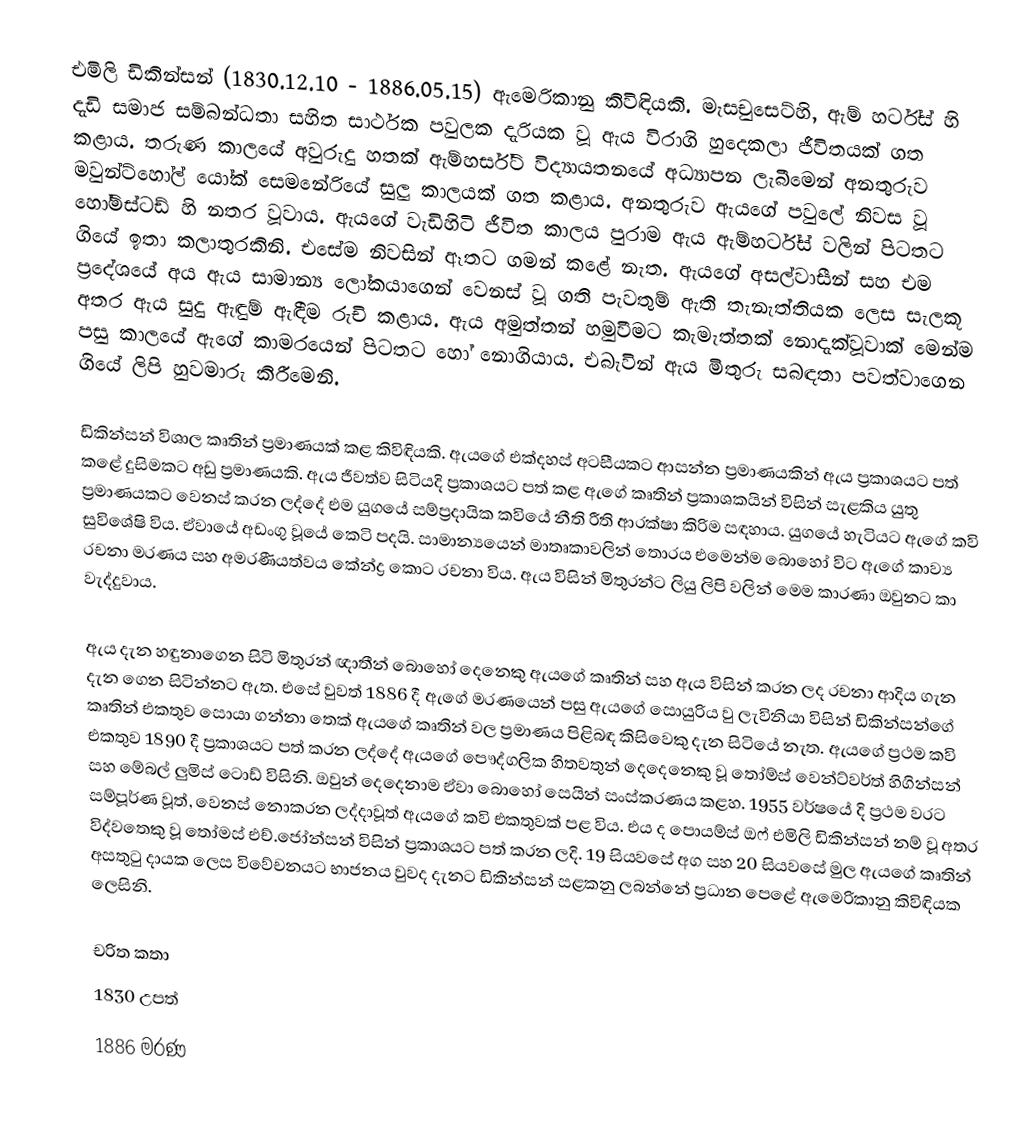
එමිලි ඩිකින්සන් (1830.12.10 - 1886.05.15) ඇමෙරිකානු කිවිඳියකි. මැසචුසෙට්හි, ඇම් හර්ට්ස් හි දැඩි සමාජ සම්බන්ධතා සහිත සාර්ථක පවුලක දැරියක වූ ඇය විරාගි හුදෙකලා ජීවිතයක් ගත කළාය. තරුණ කාලයේ අවුරුදු හතක් ඇම්හර්ස්ට් විද්‍යායතනයේ අධ්‍යාපන ලැබීමෙන් අනතුරුව මවුන්ට්හෝල් යෝක් සෙමනේරියේ සුලු කාලයක් ගත කළාය. අනතුරුව ඇයගේ පවුලේ නිවස වූ හෝම්ස්ටඩ් හි නතර වූවාය. ඇයගේ වැඩිහිටි ජීවිත කාලය පුරාම ඇය ඇම්හර්ට්ස් වලින් පිටතට ගියේ ඉතා කලාතුරකිනි. එසේම නිවසින් ඈතට ගමන් කළේ නැත. ඇයගේ අසල්වාසීන් සහ එම ප්‍රදේශයේ අය ඇය සාමාන්‍ය ලෝකයාගෙන් වෙනස් වූ ගති පැවතුම් ඇති තැනැත්තියක ලෙස සැලකූ අතර ඇය සුදු ඇඳුම් ඇඳීම රුචි කළාය. ඇය අමුත්තන් හමුවීමට කැමැත්තක් නොදැක්වූවාක් මෙන්ම පසු කාලයේ ඇගේ කාමරයෙන් පිටතට හෝ නොගියාය. එබැවින් ඇය මිතුරු සබඳතා පවත්වාගෙන ගියේ ලිපි හුවමාරු කිරීමෙනි.

ඩිකින්සන් විශාල කෘතින් ප්‍රමාණයක් කළ කිවිඳියකි. ඇයගේ එක්දහස් අටසීයකට ආසන්න ප්‍රමාණයකින් ඇය ප්‍රකාශයට පත් කළේ දුසිමකට අඩු ප්‍රමාණයකි. ඇය ජීවත්ව සිටියදි ප්‍රකාශයට පත් කළ ඇගේ කෘතින් ප්‍රකාශකයින් විසින් සැළකිය යුතු ප්‍රමාණයකට වෙනස් කරන ලද්දේ එම යුගයේ සම්ප්‍රදායික කවියේ නීති රීති ආරක්ෂා කිරිම සඳහාය. යුගයේ හැටියට ඇගේ කවි සුවිශේෂි විය. ඒවායේ අඩංගු වූයේ කෙටි පදයි. සාමාන්‍යයෙන් මාතෘකාවලින් තොරය එමෙන්ම බොහෝ විට ඇගේ කාව්‍ය රචනා මරණය සහ අමරණීයත්වය කේන්ද්‍ර කොට රචනා විය. ඇය විසින් මිතුරන්ට ලියු ලිපි වලින් මෙම කාරණා ඔවුනට කා වැද්දුවාය.

ඇය දැන හඳුනාගෙන සිටි මිතුරන් ඥාතීන් බොහෝ දෙනෙකු ඇයගේ කෘතින් සහ ඇය විසින් කරන ලද රචනා ආදිය ගැන දැන ගෙන සිටින්නට ඇත. එසේ වුවත් 1886 දී ඇගේ මරණයෙන් පසු ඇයගේ සොයුරිය වු ලැවිනියා විසින් ඩිකින්සන්ගේ කෘතින් එකතුව සොයා ගන්නා තෙක් ඇයගේ කෘතින් වල ප්‍රමාණය පිළිබඳ කිසිවෙකු දැන සිටියේ නැත. ඇයගේ ප්‍රථම කවි එකතුව 1890 දී ප්‍රකාශයට පත් කරන ලද්දේ ඇයගේ පෞද්ගලික හිතවතුන් දෙදෙනෙකු වූ තෝම්ස් වෙන්ට්වර්ත් හිගින්සන් සහ මේබල් ලුමිස් ටොඩ් විසිනි. ඔවුන් දෙදෙනාම ඒවා බොහෝ සෙයින් සංස්කරණය කළහ. 1955 වර්ෂයේ දි ප්‍රථම වරට සම්පූර්ණ වූත්, වෙනස් නොකරන ලද්දාවූත් ඇයගේ කවි එකතුවක් පළ විය. එය ද පොයම්ස් ඔෆ් එමිලි ඩිකින්සන් නම් වූ අතර විද්වතෙකු වූ තෝමස් එච්.ජෝන්සන් විසින් ප්‍රකාශයට පත් කරන ලදි. 19 සියවසේ අග සහ 20 සියවසේ මුල ඇයගේ කෘතින් අසතුටු දායක ලෙස විවේචනයට භාජනය වුවද දැනට ඩිකින්සන් සළකනු ලබන්නේ ප්‍රධාන පෙළේ ඇමෙරිකානු කිවිඳියක ලෙසිනි.

චරිත කතා
1830 උපත්
1886 මරණ